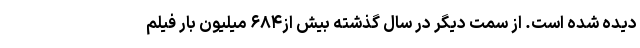
دیده‌ شده است. از سمت دیگر در سال گذشته بیش از۶۸۴ میلیون بار فیلم